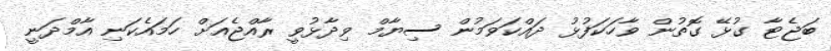
ބަޖެޓާ ގުޅޭ ގޮތުން ވާހަކަފުޅު ދައްކަވަމުން ސިޔާމް ވިދާޅުވީ ރާއްޖެއަށް ހަމައެކަނި އާމްދަނީ